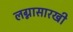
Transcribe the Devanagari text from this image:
लग्नासारखी